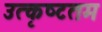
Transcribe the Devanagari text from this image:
उत्‍कृष्‍टतम